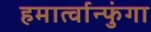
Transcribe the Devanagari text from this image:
हमार्त्वान्फुंगा